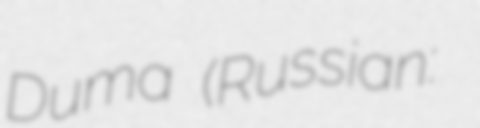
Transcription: Duma (Russian: Рязанская